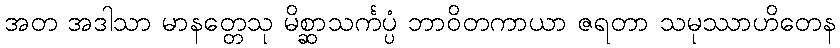
အတ အဒါသာ မာနတ္တေသု မိစ္ဆာသင်္ကပ္ပံ ဘာဝိတကာယာ ဇရတာ သမုဿာဟိတေန